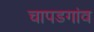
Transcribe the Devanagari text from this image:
चापडगांव